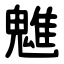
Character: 魋